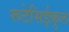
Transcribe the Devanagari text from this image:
रूटेसिईकुल